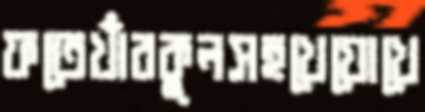
ফতেখাঁরকুলসহখেয়োখে